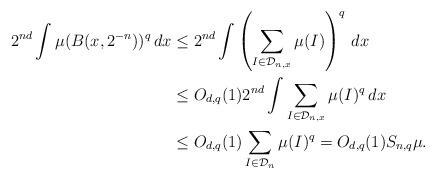
LaTeX: \begin{align*}2^{nd}\int \mu(B(x,2^{-n}))^q \,dx &\le 2^{nd} \int \left(\sum_{I\in \mathcal{D}_{n,x}} \mu(I)\right)^q \,dx \\&\le O_{d,q}(1) 2^{nd} \int \sum_{I\in \mathcal{D}_{n,x}} \mu(I)^q \,dx \\&\le O_{d,q}(1) \sum_{I\in\mathcal{D}_n} \mu(I)^q = O_{d,q}(1) S_{n,q}\mu.\end{align*}